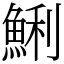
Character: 鯏